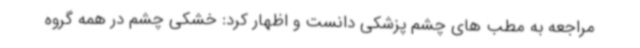
مراجعه به مطب های چشم پزشکی دانست و اظهار کرد: خشکی چشم در همه گروه